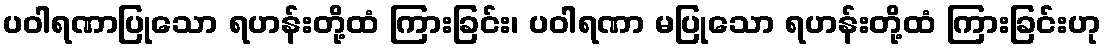
ပဝါရဏာပြုသော ရဟန်းတို့ထံ ကြားခြင်း၊ ပဝါရဏာ မပြုသော ရဟန်းတို့ထံ ကြားခြင်းဟု